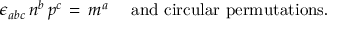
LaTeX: \epsilon _ { a b c } \, n ^ { b } \, p ^ { c } \, = \, m ^ { a } \, \, \, \, \, \, \mathrm { ~ a n d ~ c i r c u l a r ~ p e r m u t a t i o n s . }